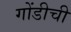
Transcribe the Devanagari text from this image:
गोंडीची